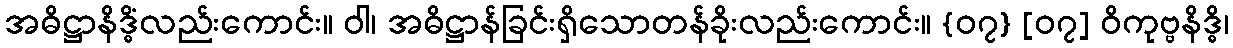
အဓိဋ္ဌာနိဒ္ဓိံလည်းကောင်း။ ဝါ၊ အဓိဋ္ဌာန်ခြင်းရှိသောတန်ခိုးလည်းကောင်း။ {၀၇} [၀၇] ဝိကုဗ္ဗနိဒ္ဓိ၊